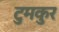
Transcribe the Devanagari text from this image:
टुमकुर